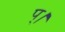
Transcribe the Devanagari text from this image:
प्।